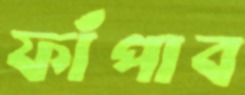
ফাঁপাব